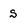
Character: S